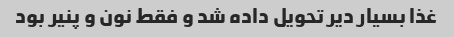
غذا بسیار دیر تحویل داده شد و فقط نون و پنیر بود